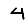
Digit: 4